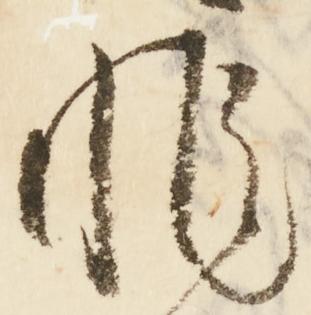
非